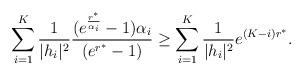
LaTeX: \begin{align*}\sum_{i=1}^{K }\frac{1}{{|h_{i}|^2}}\frac{(e^{\frac{r^*}{\alpha_i}}-1)\alpha_i}{(e^{r^*}-1)}\geq \sum_{i=1}^{K }\frac{1}{{|h_{i}|^2}}e^{(K-i)r^*}.\end{align*}